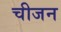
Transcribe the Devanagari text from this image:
चीजन